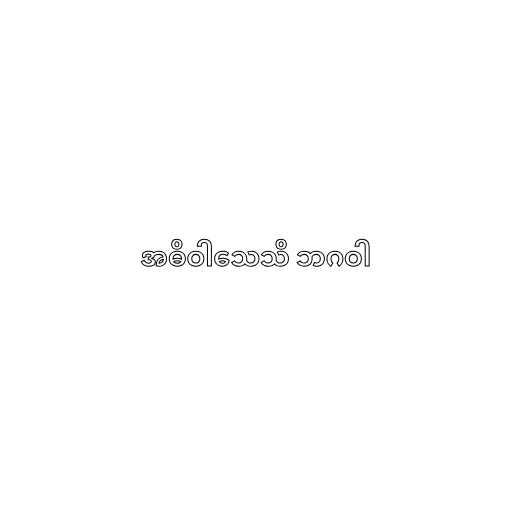
အဓိဝါသေသိ ဘဂဝါ